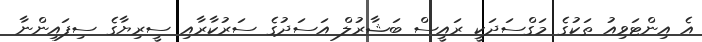
އެ އިންޓަވިއު ތަކުގެ މަގްސަދަކީ ރައީސް ބަޝާރުލް އަސަދުގެ ސަރުކާރާއި ސީރިޔާގެ ސިފައިންނާ